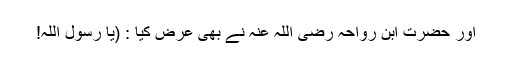
اور حضرت ابن رواحہ رضی اللہ عنہ نے بھی عرض کیا : (یا رسول اللہ!